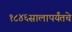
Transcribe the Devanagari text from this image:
१८४६सालापर्यंतचे